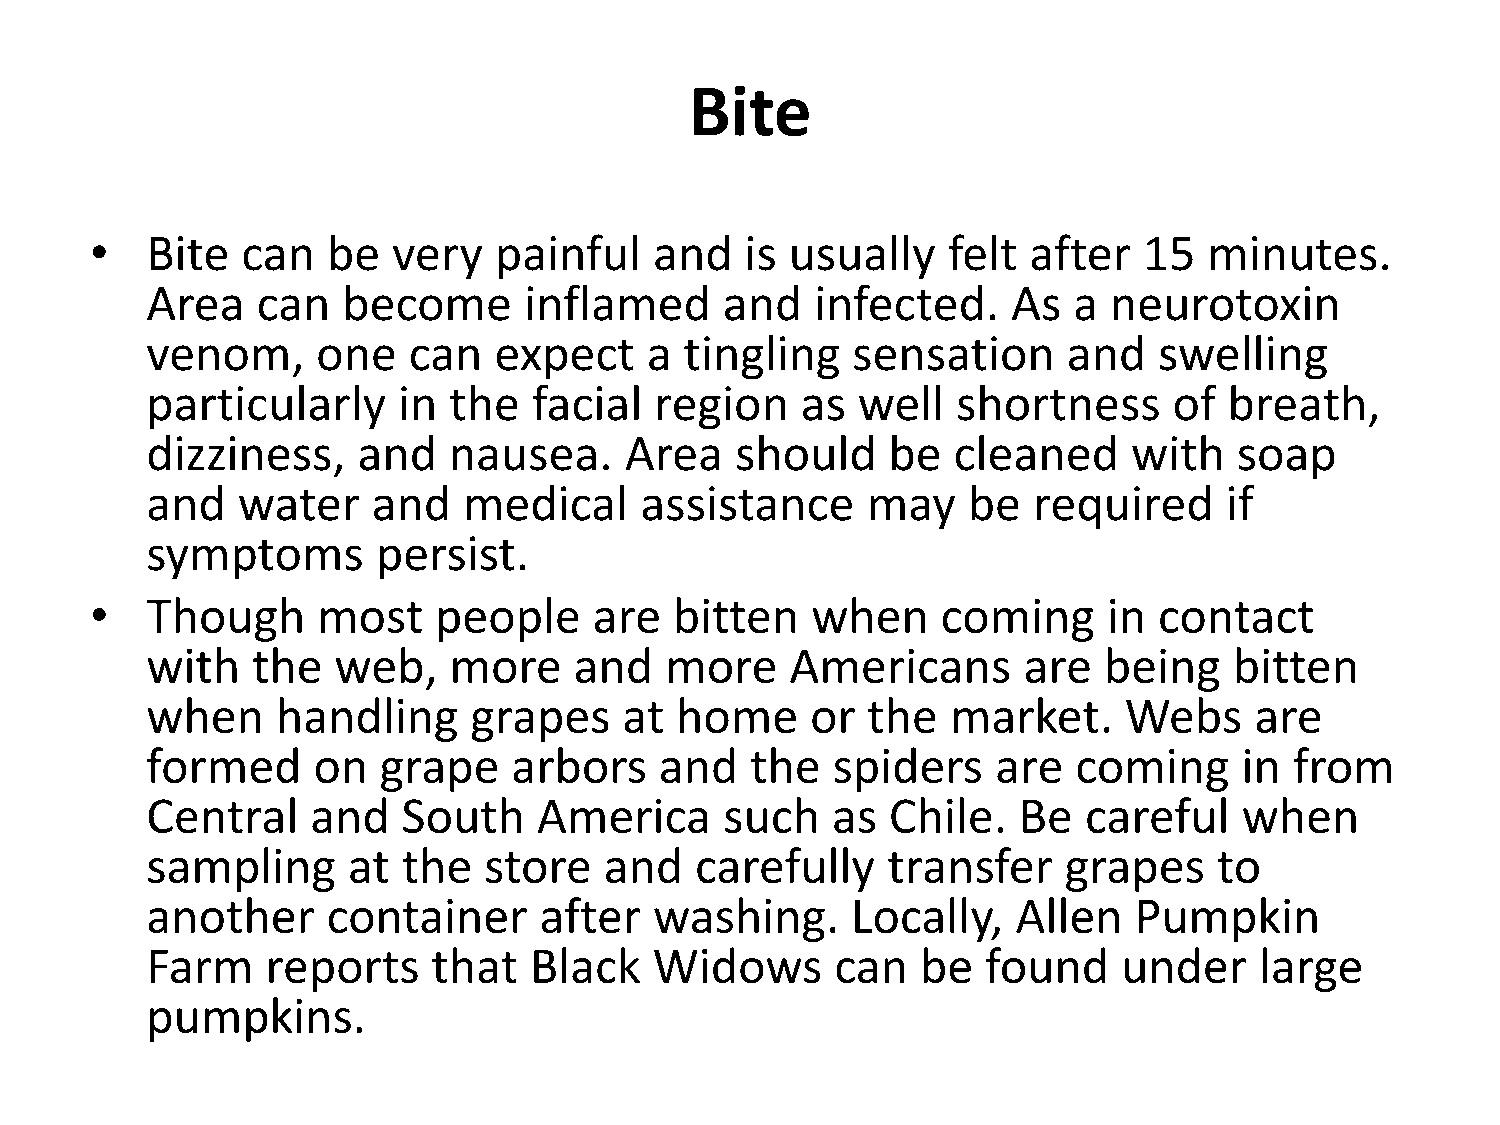
Bite
 •   Bite  can   be  very   painful   and   is usually    felt after   15  minutes.
 Area   can   become      inflamed     and   infected.    As  a neurotoxin
 venom,     one   can   expect    a tingling   sensation      and   swelling
 particularly    in  the  facial  region    as  well  shortness      of breath,
 dizziness,    and   nausea.    Area    should    be  cleaned     with   soap
 and   water    and   medical    assistance     may    be  required     if
 symptoms       persist.
 •   Though     most    people    are   bitten   when    coming     in  contact
 with   the  web,    more    and   more    Americans       are  being    bitten
 when    handling     grapes    at  home     or the   market.    Webs     are
 formed     on  grape    arbors    and   the  spiders    are  coming     in  from
 Central    and   South    America     such   as  Chile.  Be   careful   when
 sampling     at  the  store   and   carefully    transfer   grapes     to
 another     container     after  washing.     Locally,   Allen   Pumpkin
 Farm    reports    that  Black   Widows      can   be  found    under    large
 pumpkins.